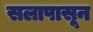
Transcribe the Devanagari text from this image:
सलापासून